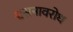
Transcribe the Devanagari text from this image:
श्वसनावरोध